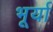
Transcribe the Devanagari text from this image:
भूर्या